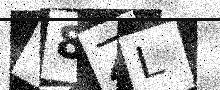
Text: 68ZL